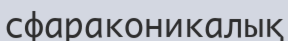
сфараконикалық